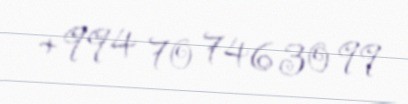
+994 70 746 30 99